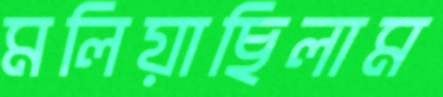
মলিয়াছিলাম